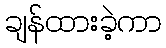
ချန်ထားခဲ့ကာ